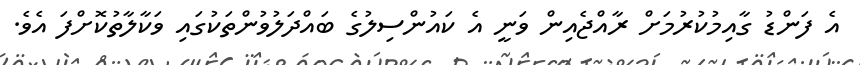
އެ ފަންޑު ގާއިމުކުރުމަށް ރާއްޖެއިން ވަނީ އެ ކައުންސިލުގެ ބައްދަލުވުންތަކުގައި ވަކާލާތުކޮށްފަ އެވެ.